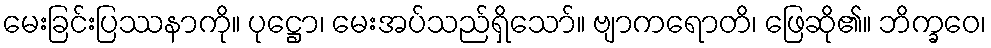
မေးခြင်းပြဿနာကို။ ပုဋ္ဌော၊ မေးအပ်သည်ရှိသော်။ ဗျာကရောတိ၊ ဖြေဆို၏။ ဘိက္ခဝေ၊